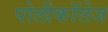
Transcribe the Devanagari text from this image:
पोलीकॉलेज